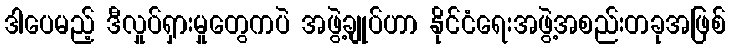
ဒါပေမည့် ဒီလှုပ်ရှားမှုတွေကပဲ အဖွဲ့ချုပ်ဟာ နိုင်ငံရေးအဖွဲ့အစည်းတခုအဖြစ်